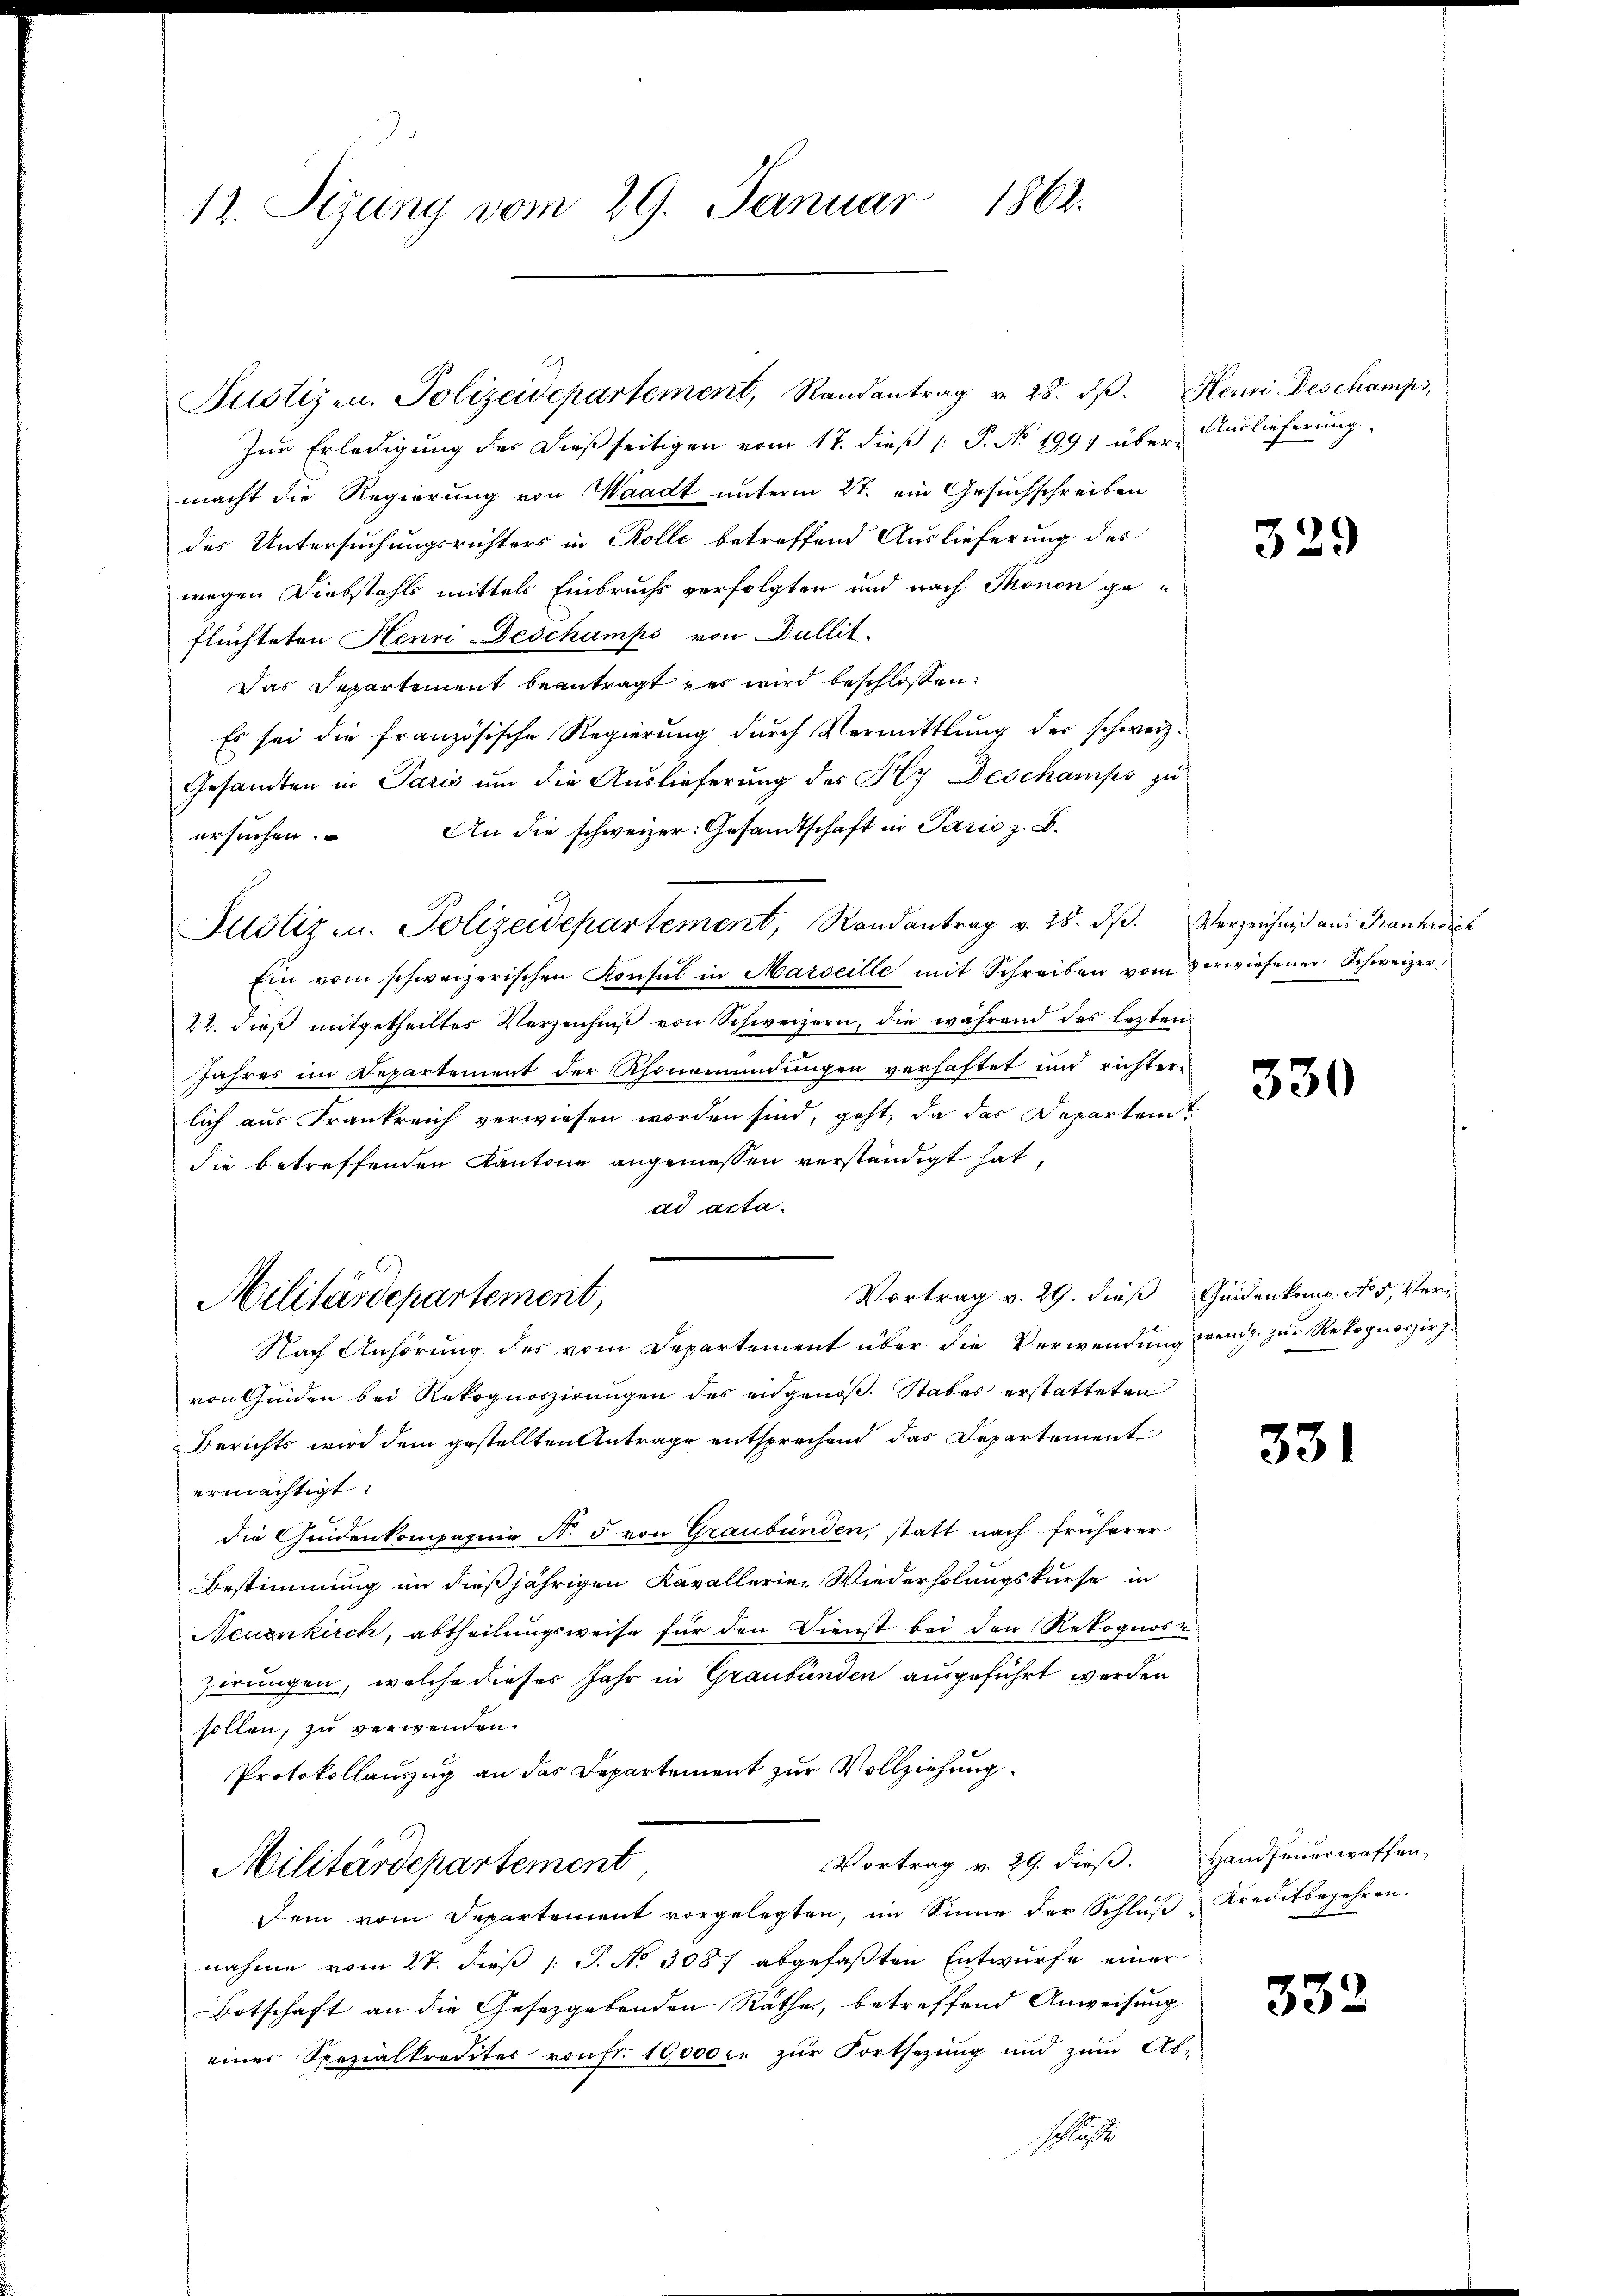
12. Sizung vom 29. Januar 1862.

Justiz- u. Polizeidepartement, Randantrag u. 28. dβ. Henri Deschamps,
Zŭr Erledigung der dießseitigen vom 17. dieβ (: P. No. 1991 über Auslieferung
macht die Regierung von Waadt unterm 27. ein Gesuchschreiben
des Untersuchungsrichters in Rolle betreffend Auslieferung des
wegen Diebstahls mittels Einbruchs verfolgten und nach Monon geflüchteten Henri Geschamps von Dullit.
Das Departement beantragt das wird beschlossen:
Es sei die französische Regierung dŭrch Vermittlung der schweiz.
Gesandten in Paris um die Auslieferung des Hy Deschamps zu
An die schweizer: Gesandtschaft in Paris z. B.
ersuchen.
Justiz u. Polizeidepartement, Randantrag v. 28. dβ. Verzeichnis aus Frankreich
Ein vom schweizerischen Konsul in Marseille mit Schreiben vom Verwiesener Schweizer
22. dieß mitgetheiltes Verzeichniß von Schweizern, die während des lezten
Jahres im Departement der Rhonemündungen verhaftet und richterlich aus Frankreich verwiesen worden sind, geht, da das Departem
die betreffenden Kantone angemessen verständigt hat,
ad acta.
Vortrag v. 29. dieß Gedenkomp. No 5, Ver-
Militärdepartement,
Nach Anhörung des vom Departement über die Verwendung wendg. zur Rekognoszirz.
von Kinden bei Rekognoszirungen des eidgenöß. Stabes erstatteten
Berichts wird dem gestellten Antrage entsprechend das Departemente
ermächtigt.
.
die Guidenkompagnie N. 5 von Graubünden, statt nach früherer
Bestimmung im dießjährigen Kavallerien Wiederholungskurse in
Neuenkirch, abtheilungsweise für den Dienst bei den Rekognose
zirungen, welche dieses Jahr in Graubünden ausgeführt werden
sollen, zu verwenden.
Protokollauszug an das Departement zur Vollziehung.
Vortrag v. 29. dieß. Handfeuerwaffen,
Militärdepartement
Dein vom Departement vorgelegten, im Sinne der Schlŭβ Kreditbegehren
nahme vom 2t. dieß P. No 3087 abgefaßten Entwurfe einer
Botschaft an die Gesetzgebenden Rathe, betreffend Anweisung
einer Spezialkrediter von fr. 10,000 fr zur Fortsezung und zum Ab-
Schlies

329

330

331

332